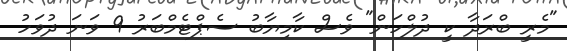
"މެރީ ބްރަދާ ކީ ދުލްހަން" ވެސް ކާމިޔާބު ސެޕްޓެމްބަރު 9 ވަނަ ދުވަހު